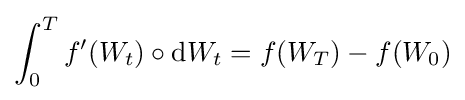
\int _{0}^{T}f'(W_{t})\circ \mathrm {d} W_{t}=f(W_{T})-f(W_{0})